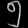
Digit: ၅